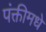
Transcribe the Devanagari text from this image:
पंक्तीमधे